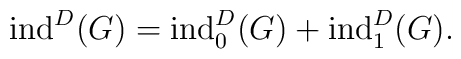
{\rm ind}^D(G)={\rm ind}^D_0(G)+{\rm ind}^D_1(G).